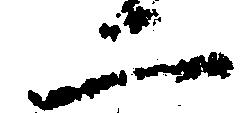
二